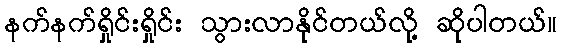
နက်နက်ရှိုင်းရှိုင်း သွားလာနိုင်တယ်လို့ ဆိုပါတယ်။